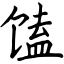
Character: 馌